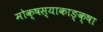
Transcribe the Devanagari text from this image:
मोक्षस्याकाङ्क्षा